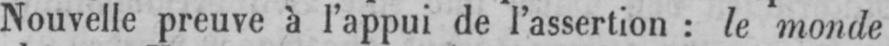
Nouvelle preuve à l’appui de l’assertion: le monde